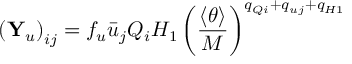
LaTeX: \left( { \bf Y } _ { u } \right) _ { i j } = f _ { u } \bar { u } _ { j } Q _ { i } H _ { 1 } \left( { \frac { \langle \theta \rangle } { M } } \right) ^ { q _ { Q i } + q _ { u j } + q _ { H 1 } }